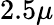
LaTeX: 2.5\mu